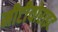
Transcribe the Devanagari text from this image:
मीटीयोराइट